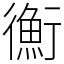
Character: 𢖍